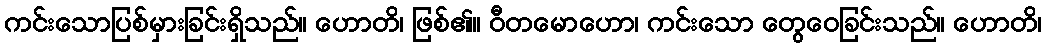
ကင်းသောပြစ်မှားခြင်းရှိသည်။ ဟောတိ၊ ဖြစ်၏။ ဝီတမောဟော၊ ကင်းသော တွေဝေခြင်းသည်။ ဟောတိ၊